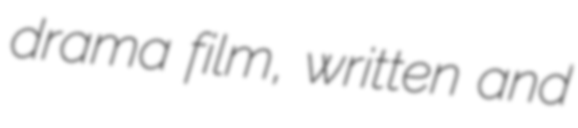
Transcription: drama film, written and